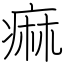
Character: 痲